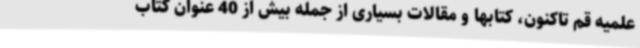
علمیه قم تاکنون، کتابها و مقالات بسیاری از جمله بیش از 40 عنوان کتاب